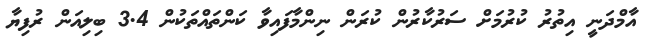
އާމްދަނީ އިތުރު ކުރުމަށް ސަރުކާރުން ކުރަން ނިންމާފައިވާ ކަންތައްތަކުން 3.4 ބިލިއަން ރުފިޔާ